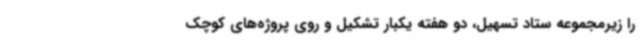
را زیرمجموعه ستاد تسهیل، دو هفته یکبار تشکیل و روی پروژه‌های کوچک